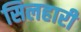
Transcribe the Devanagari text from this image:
सिलहारी